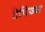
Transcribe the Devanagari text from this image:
टेपिज्म